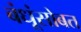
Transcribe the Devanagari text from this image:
बंधूंसोबत